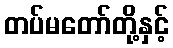
တပ်မတော်တို့နှင့်